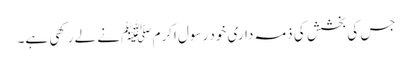
جس کی بخشش کی ذمہ داری خود رسول اکرم ﷺ نے لے رکھی ہے۔